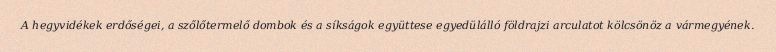
A hegyvidékek erdőségei, a szőlőtermelő dombok és a síkságok együttese egyedülálló földrajzi arculatot kölcsönöz a vármegyének.